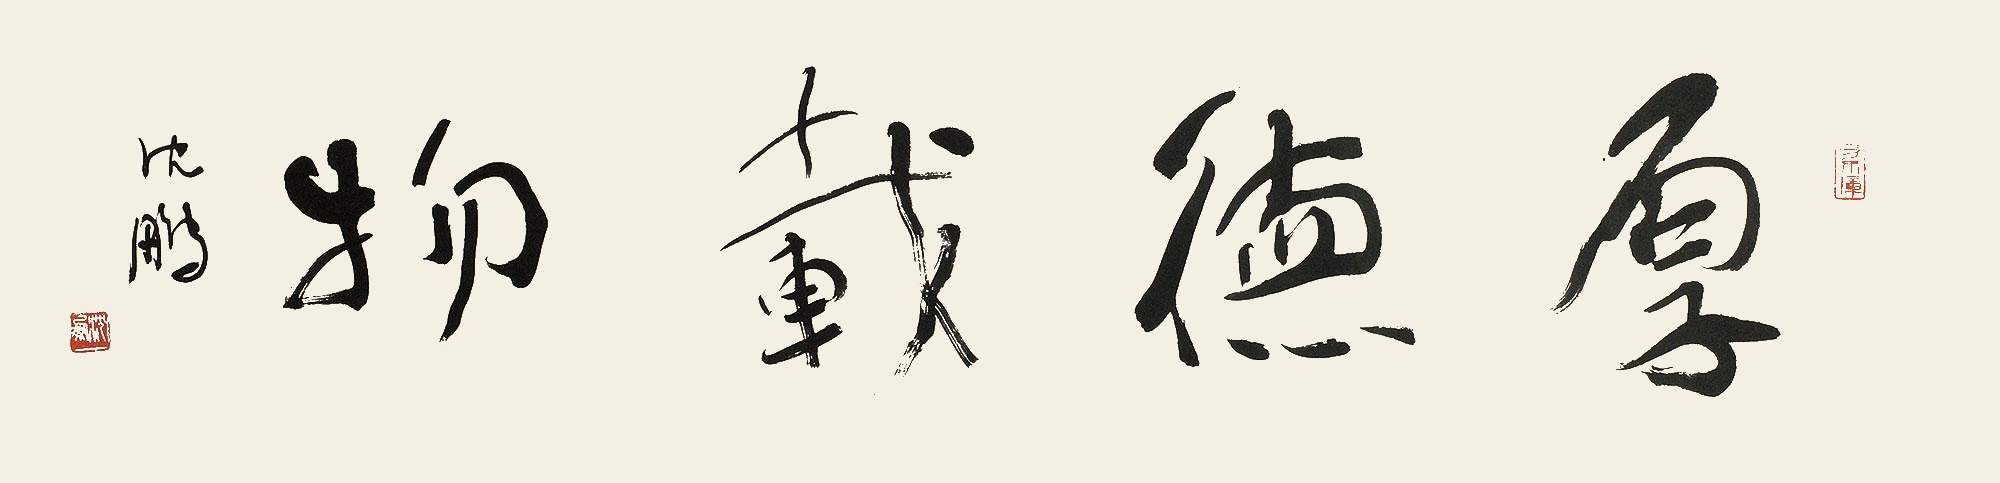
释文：厚德载物。沈鹏。